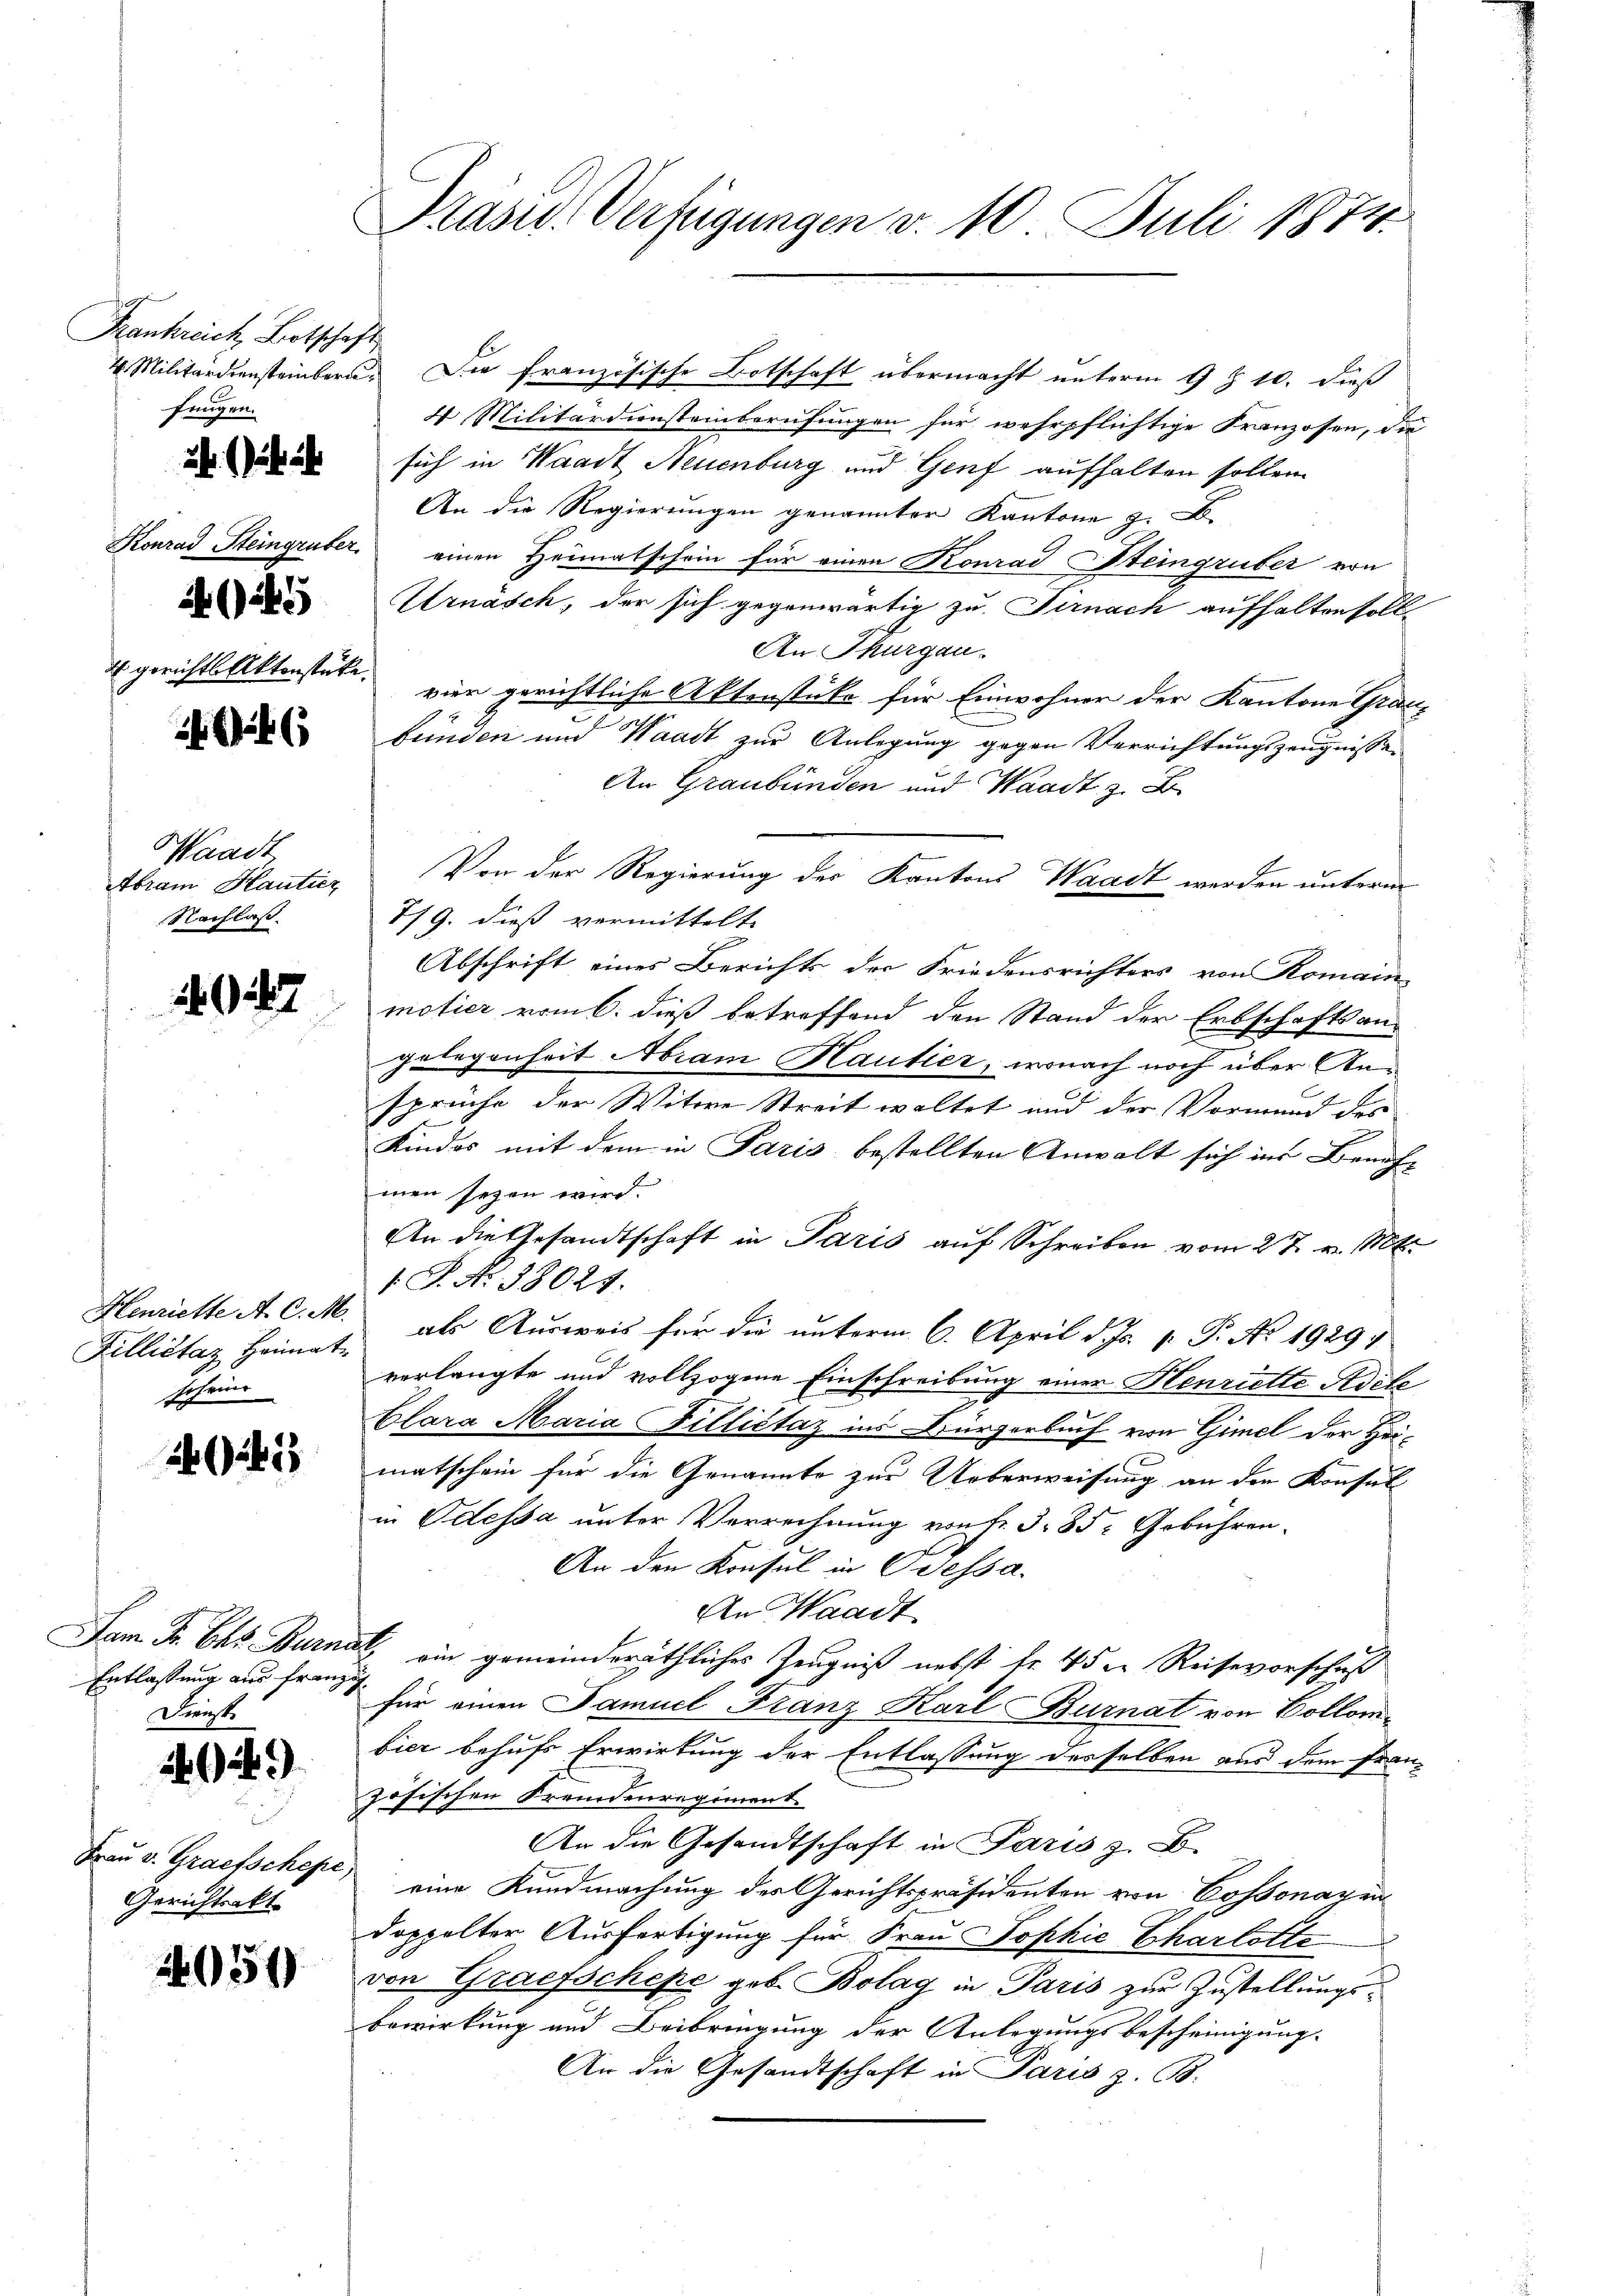
Frankreich Botschaft
fungen.
5
4 gerichts Aktenstücke.

24 f 2

Waadt
Nachlas

87

Fillistaz Heimat-
scheine

26 (1413

Jam. Fr. Das Burn
Entlassung aus franzig
Dienste

24)

Frau v. Grafschepe
Gerichtsakt

2951

Präsid. Verfügungen d. 10. Juli 1874.

4 Militärdiensteinbern. Die französische Botschaft übermacht unterm 9 t 10. dieß
4 Militärdiensteinberufungen für wehrpflichtige Franzosen, die
sich in Waadt Neuenburg und Genf aufhalten sollen.
An die Regierungen genannter Kantone z. B.
Konrad Steingruber, einen Heimatschein für einen Konrad Steingruber von
Urnäsch, der sich gegenwärtig zu Firnach aufhalten soll
An Thurgau.
vier gerichtliche Aktenstüke für Einwohner der Kantone Grauz
bünden und Waadt zur Anlegung gegen Verrichtungszeugnissen
An Graubünden und Waadt z. B.
Abram Hautier, Von der Regierung des Kantons Waadt werden unterm
7/9. dieß vermittelt.
Abschrift eines Berichts der Friedensrichters von Romain-
motier vom 6. dieß betreffend den Stand der Erbschaftsangelegenheit Abram Hautier, wonach noch über Ansprüche der Witwe Streit waltet und der Vormund der
Kindes mit dem in Paris bestellten Anwalt sich in Beneh-
men seyen wird.
An die Gesandtschaft in Paris auf Schreiben vom 27. v. M.
. P. No. 38021.
Henriette A. C. M. als Ausweis für die unterm 6. April d. Js. p. P. No. 1929
verlangte und vollzogene Einschreibung einer Henriette Adele
Clara Maria Fillictaz ins Bürgerbuch von Gimel der Heimatschein für die Genannte zur Ueberweisung an den Konsul
in Odessa unter Verrechnung von Fr. 3. 85: Gebühren-
An den Konsul in Pressa.
An Waadt
al ein gemeinderäthliches Zeugniß nebst fr. 4 der Reisevorschuß
für einen Samuel Franz Karl Burnat von Hollombier behufs Erwirkung der Entlassung desselben aus dem französischen Fremdenregiment.
An die Gesandtschaft in Paris z. B.
c
eine Kundmachung des Gerichtspräsidenten von Cossonayen
doppelter Ausfertigung für Frau Sophie Charlotte
von Grafschepe geb. Bolag in Paris zur Zustellungsbewirkung und Beibringung der Anlegungsbescheinigung
An die Gesandtschaft in Paris z. B.